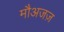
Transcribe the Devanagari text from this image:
मौअजज़